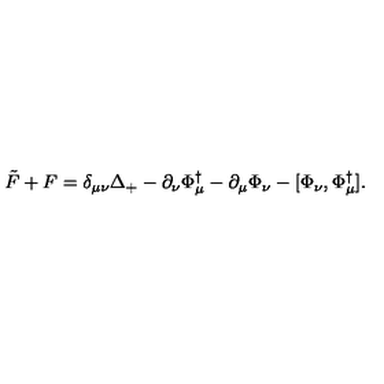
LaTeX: \tilde { F } + F = \delta _ { \mu \nu } \Delta _ { + } - \partial _ { \nu } \Phi _ { \mu } ^ { \dag } - \partial _ { \mu } \Phi _ { \nu } - [ \Phi _ { \nu } , \Phi _ { \mu } ^ { \dag } ] .